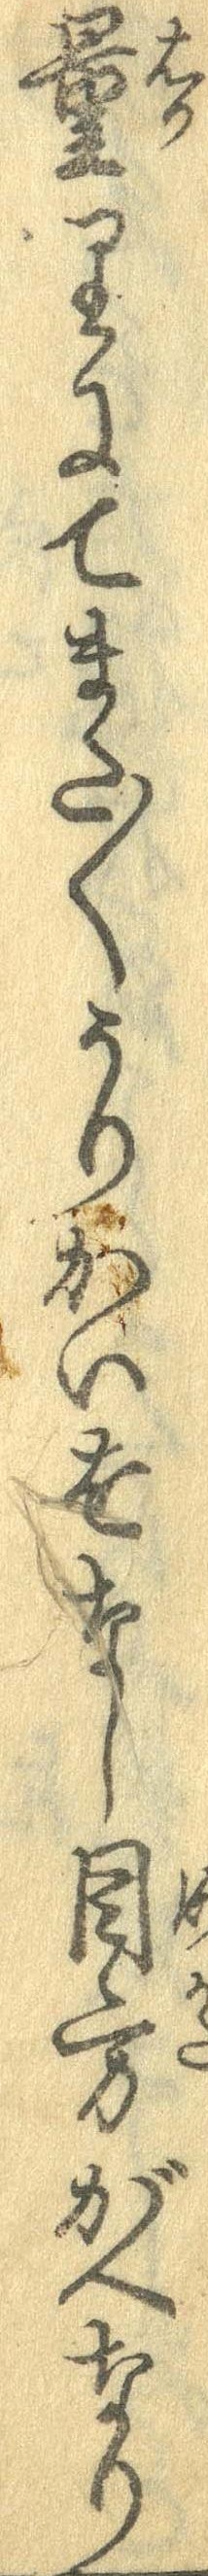
量りにてまた〱うりかいをなし目方がへなり